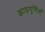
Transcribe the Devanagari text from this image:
झाड़मुर्गियाँ